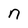
Character: n